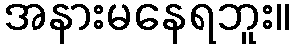
အနားမနေရဘူး။